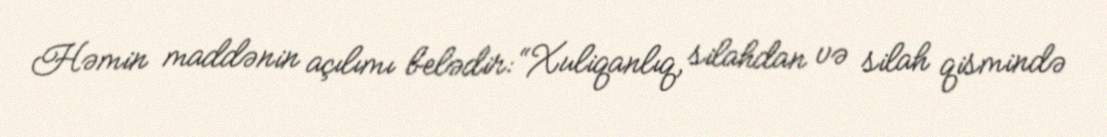
Həmin maddənin açılımı belədir: “Xuliqanlıq, silahdan və silah qismində